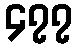
၄၇၇